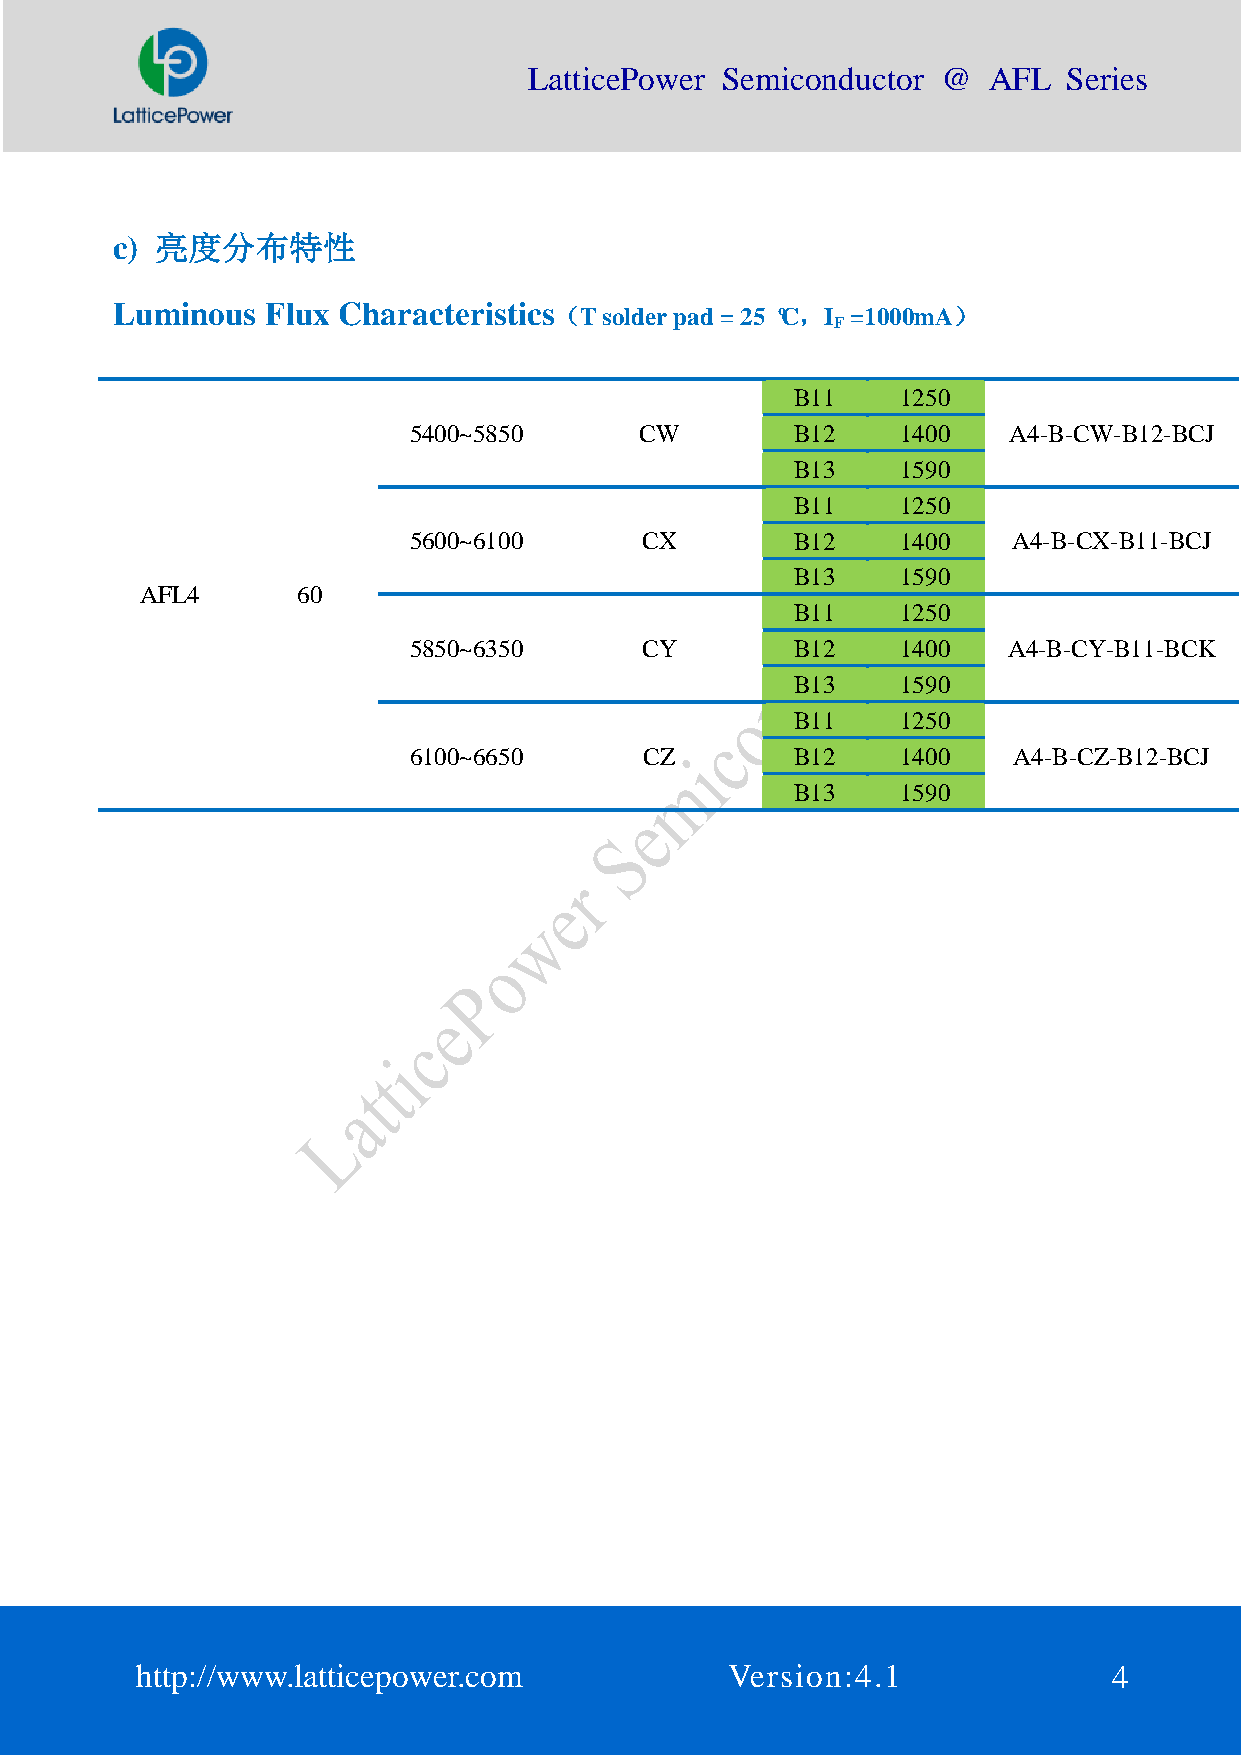
LatticePower Semiconductor @  AFL   Series
 c) 亮度分布特性
 Luminous   Flux Characteristics（T solder pad = 25 ºC，I =1000mA）
 F
 B11    1250
 5400~5850      CW         B12    1400   A4-B-CW-B12-BCJ
 B13    1590
 B11    1250
 5600~6100      CX         B12    1400   A4-B-CX-B11-BCJ
 B13    1590
 AFL4       60
 B11    1250
 5850~6350      CY         B12    1400   A4-B-CY-B11-BCK
 B13    1590
 B11    1250
 6100~6650       CZ        B12    1400   A4-B-CZ-B12-BCJ
 B13    1590
 http://www.latticepower.com            Version:4.1               4